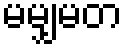
မမျှမတ